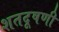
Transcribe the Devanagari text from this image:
शतदूषणी